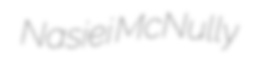
Nasiei McNully